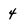
Character: 4